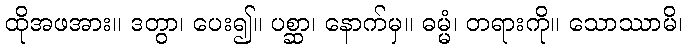
ထိုအဖအား။ ဒတွာ၊ ပေး၍။ ပစ္ဆာ၊ နောက်မှ။ ဓမ္မံ၊ တရားကို။ သောဿာမိ၊